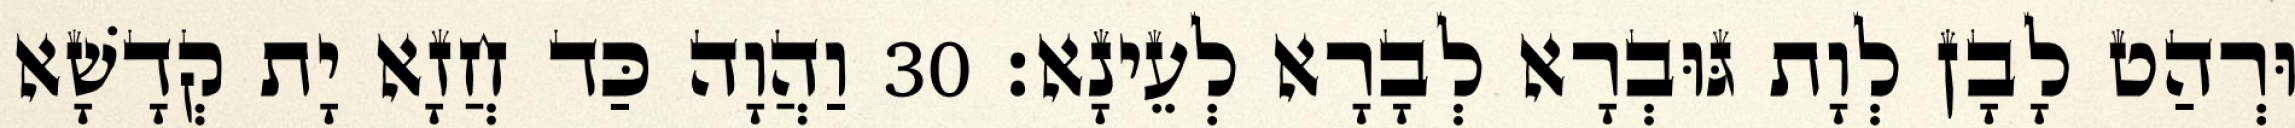
וּרְהַט לָבָן לְוָת גּוּבְרָא לְבָרָא לְעֵינָא׃ 30 וַהֲוָה כַּד חֲזָא יָת קְדָשָׁא